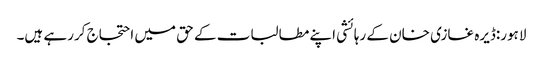
لاہور:ڈیرہ غازی خان کے رہائشی اپنے مطالبات کے حق میں احتجاج کررہے ہیں۔